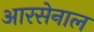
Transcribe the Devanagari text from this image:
आरसेनाल